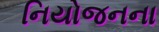
નિયોજનના